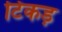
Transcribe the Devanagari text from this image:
टिकड़